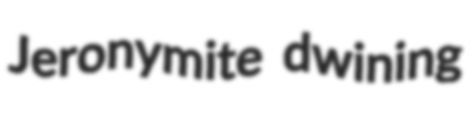
Jeronymite dwining